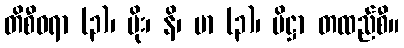
တိစီဝရာ (၃)၊ မိုး၊ နိ၊ မာ (၃)၊ ပိဋ္ဌာ တထည်စီ။